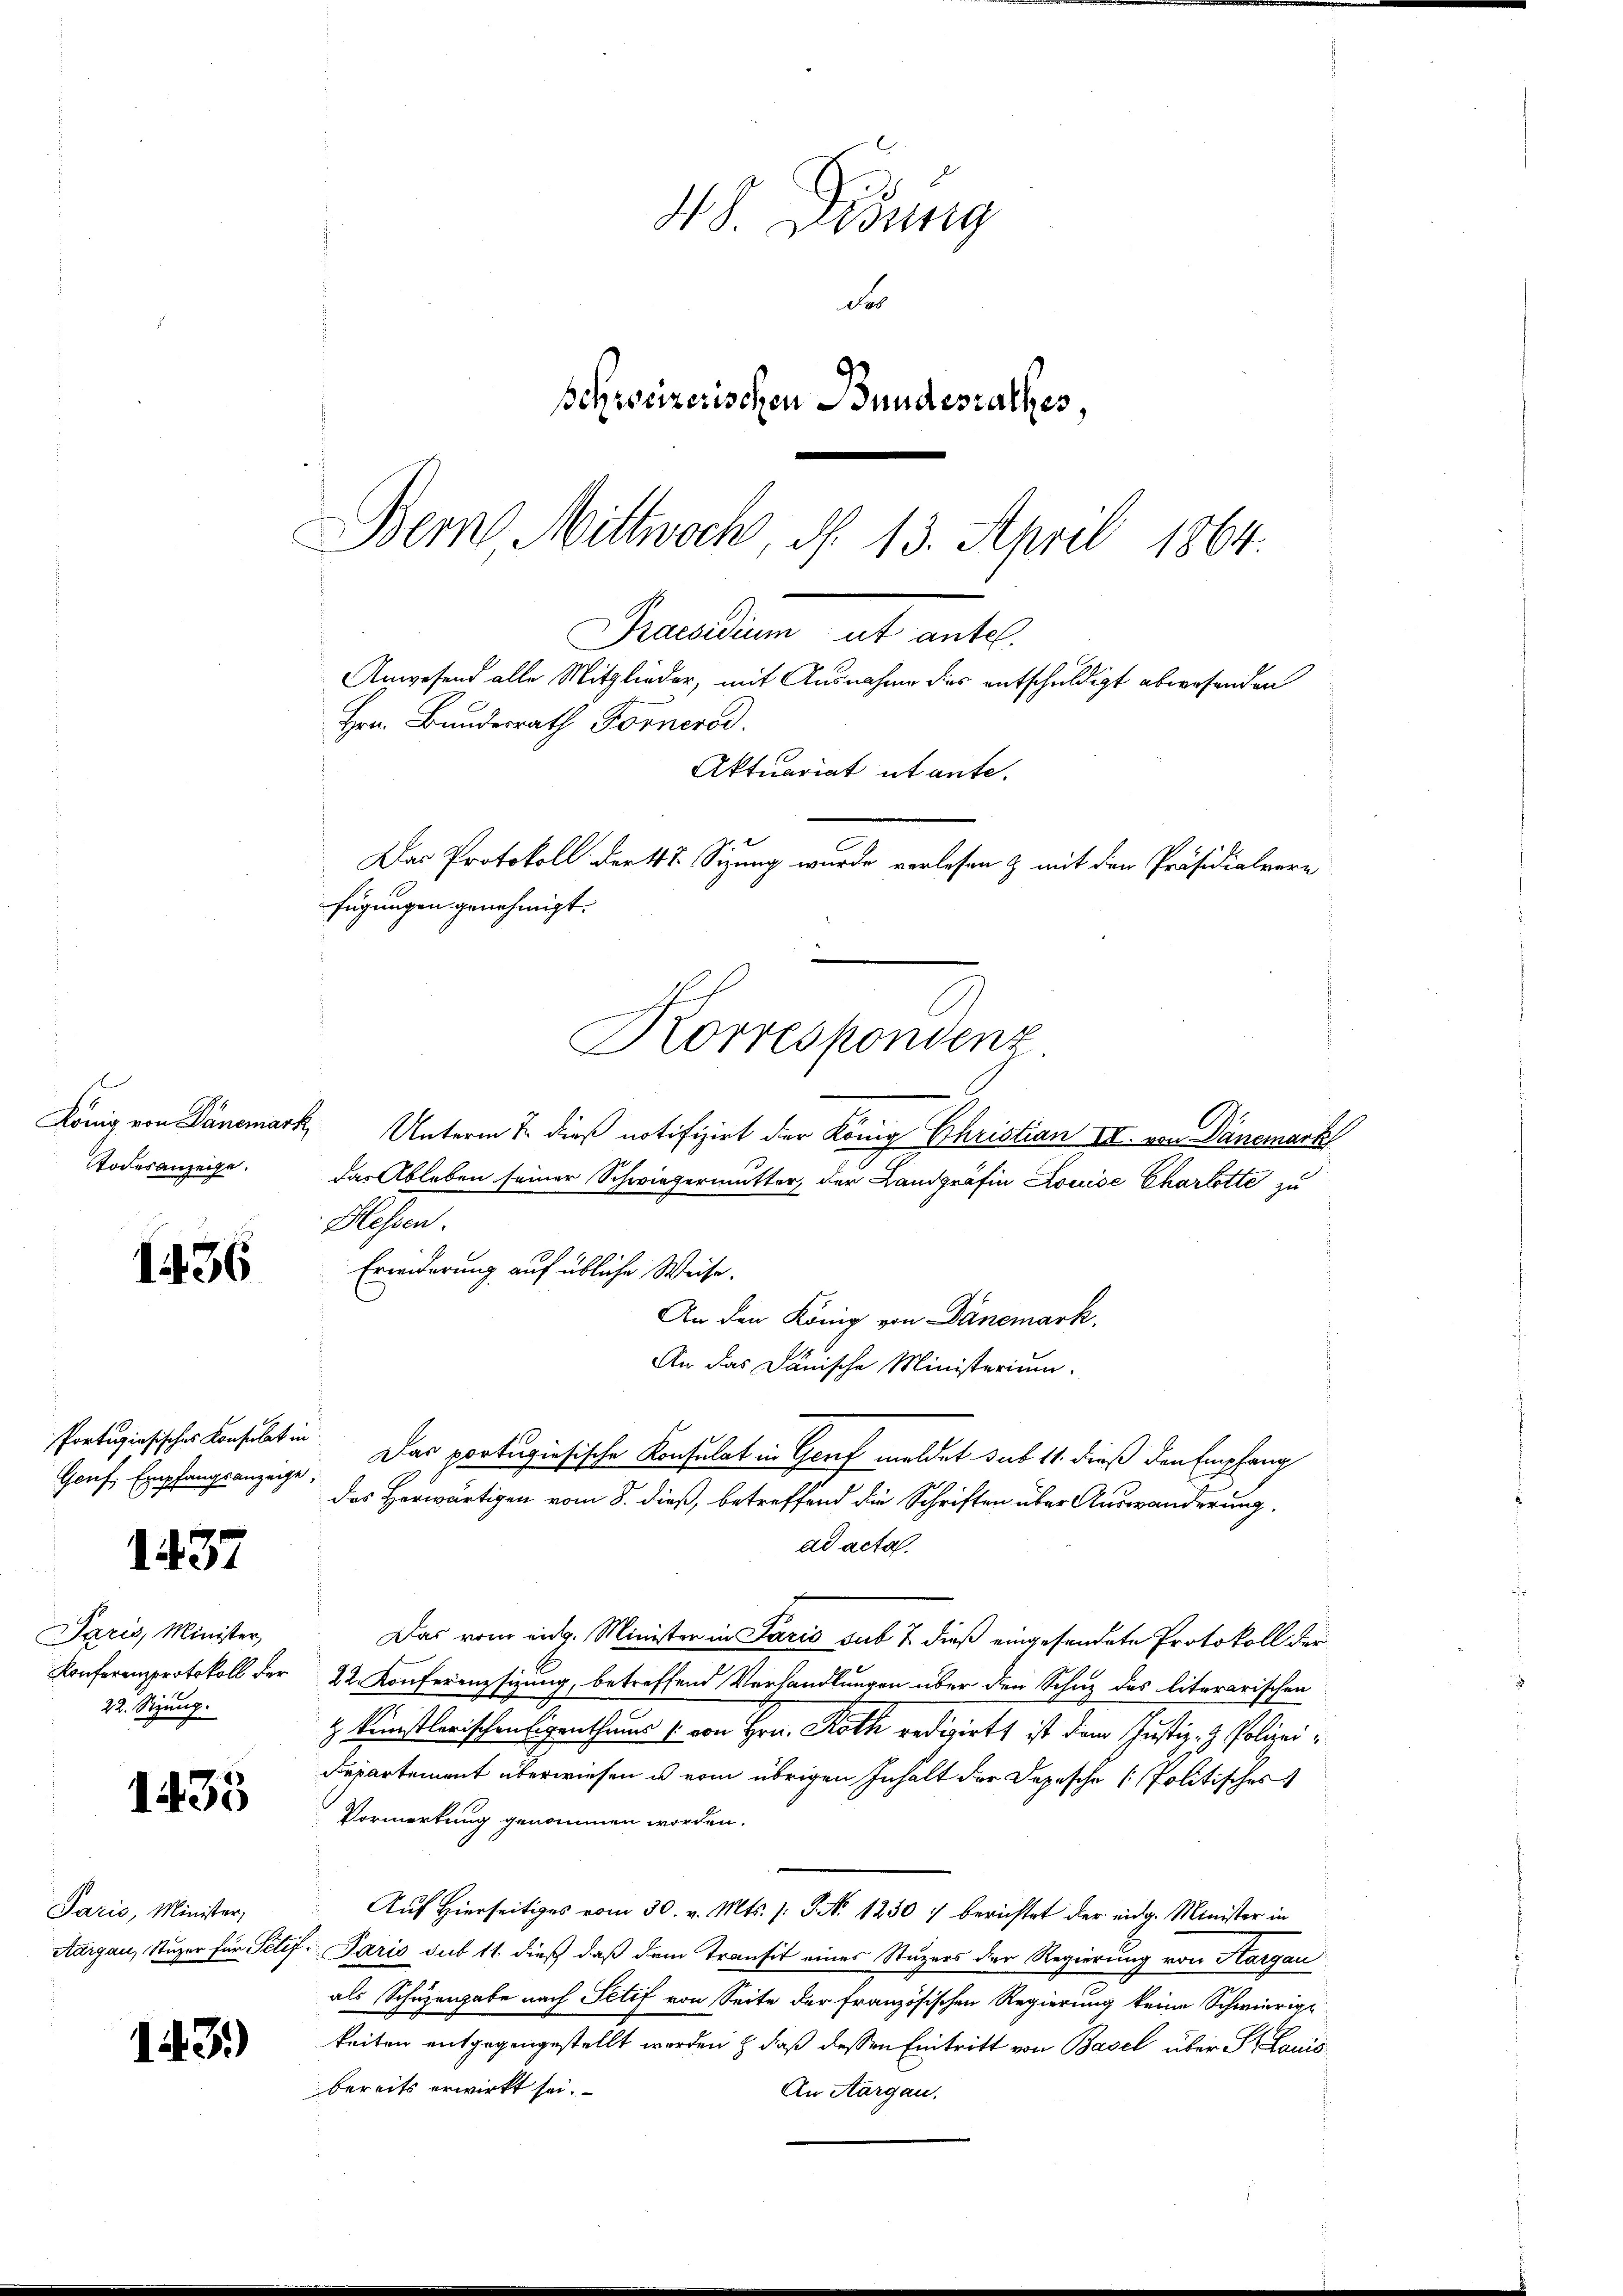
Todesanzeige.

1436

Genf, Empfangsanzeige,

1437

Paris, Minister,
Konferenzprotokoll der
22. Sizung.

1433

Paris, Minister,

143.)

48. Didung
de
schweizerischen Bundesrathes,
Bern Mittwoch, d. 13. April 1864.

Praesidium ut antel.
Anwesend alle Mitglieder, mit Ausnahme des entschuldigt abwesenden
Hern Bundesrath Fornerod.
Aktuariat utante.
Das Protokoll der 4t. Sizung wurde verlesen & mit den Präsidialvere
fügungen genehmigt.
Korrespondenz
König von Dänemark, Unterm 7. dieß notifizirt der König Christian III. von Dänemark

das Ableben seiner Schwiegermutter, der Landgräfin Louise Charlotte zu
Hessen.
Erwiderung auf übliche Weise.
An den König von Dänemark,
An das Dänische Ministerium.
des Herwärtigen vom 8. dieß, betreffend die Schriften über Auswanderung.
ad acta.
Das vom eidg. Minister in Paris sub 7. dieß eingesendete Protokoll der
22. Konferenzsizung, betreffend Verhandlungen über den Schuz des literarischen
z Künstlerischen Eigenthums 1 von Hrn. Roth redigirt ist dem Schustiz- & Polizei¬
Departement überwiesen u vom übrigen Inhalt der Depesche Politisches
Vormerkung genommen worden.
Auf Hierseitiges vom 30. v. Mts. s. S. No 1250 7 berichtet der eidg. Minister in
Aargau, Stuzer für Petif- Paris sub 11. dieß daß dem Transit eines Stuzers der Regierung von Hargau
als Schüzengabe nach Sctif von Seite der Französischen Regierung keine Schwierige
keiten entgegengestellt werden & daß dessen Eintritt von Basel über P. Louis
bereits erwirkt sei.
An Aargau.

Portigiosisches Konsulat in Das portugisische Konsulat in Genf meldet sub 11. dieß den Empfang